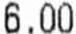
6.00